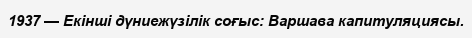
1937 — Екінші дүниежүзілік соғыс: Варшава капитуляциясы.